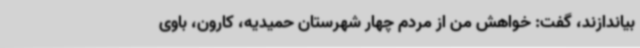
بیاندازند، گفت:‌ خواهش من از مردم چهار شهرستان حمیدیه، کارون، باوی